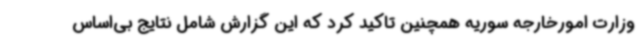
وزارت امورخارجه سوریه همچنین تاکید کرد که این گزارش شامل نتایج بی‌اساس